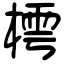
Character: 樗